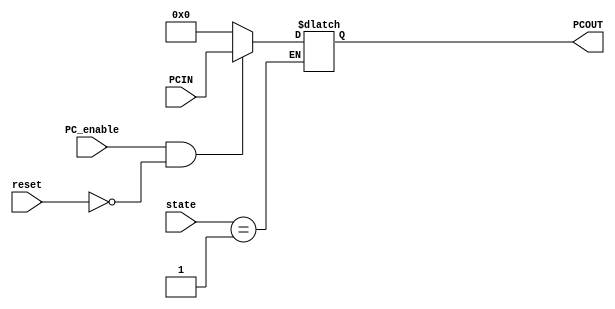
module ProgramCounter(PC_enable,reset,PCIN,PCOUT,state);
	input PC_enable; // pc disable for software hardcode
	input reset; // reset pc to 0
	input [31:0] PCIN; // new pc value after instruction end
    input [5:0] state; // for running at intended time 

	output reg [31:0] PCOUT; // pc value to fetch instruction


	always @(*) begin
        if (state == 6'b000001) begin
            if(PC_enable && !reset) begin
                PCOUT = PCIN;
            end

            else if(reset) begin
                PCOUT = 31'h00000000;
            end

            else begin
                PCOUT = 32'hzzzzzzzz;
            end

        end

	end

endmodule